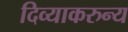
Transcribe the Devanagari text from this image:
दिव्याकरुन्य